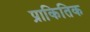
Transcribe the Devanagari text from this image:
प्राकितिक